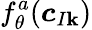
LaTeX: f_{\theta}^{a}({\boldsymbol{c}}_{I\mathbf{k}})